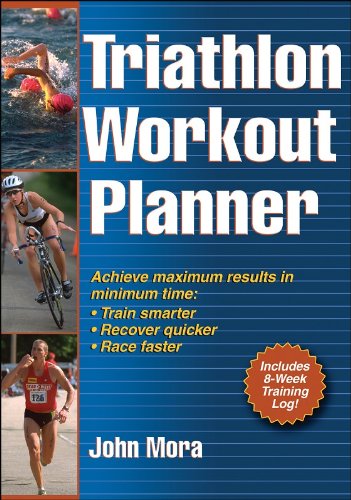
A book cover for Triathlon Workout Planner; John Mora; Health, Fitness & Dieting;